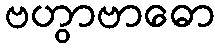
ဗဟွာဗာဓော